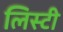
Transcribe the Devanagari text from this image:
लिस्टी